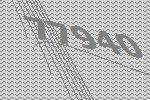
77940